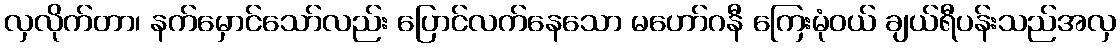
လှလိုက်တာ၊ နက်မှောင်သော်လည်း ပြောင်လက်နေသော မဟော်ဂနီ ကြေးမုံဝယ် ချယ်ရီပန်းသည်အလှ